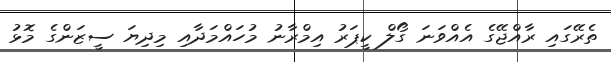
ތެރޭގައި ރާއްޖޭގެ އެއްވަނަ ގޯލް ކީޕަރު އިމްރާނު މުހައްމަދާއި މިދިޔަ ސީޒަންގެ މޮޅު